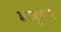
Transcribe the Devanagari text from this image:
बाजुबन्द